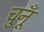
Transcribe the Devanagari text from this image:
चुनूँ